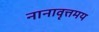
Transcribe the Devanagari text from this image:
नानावृत्तमय